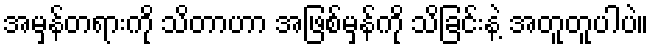
အမှန်တရားကို သိတာဟာ အဖြစ်မှန်ကို သိခြင်းနဲ့ အတူတူပါပဲ။